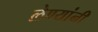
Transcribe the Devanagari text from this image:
लेण्यांनी